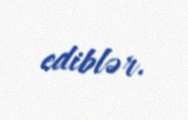
ediblər.